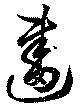
画